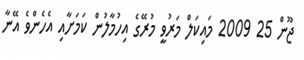
ޖޫން 25 2009 މައިކަލް މަރުވީ މުރޭގެ އިހުމާލުން ކަމަށާއި އެހެންވެ އޭނާ